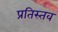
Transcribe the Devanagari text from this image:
प्रतिस्तव